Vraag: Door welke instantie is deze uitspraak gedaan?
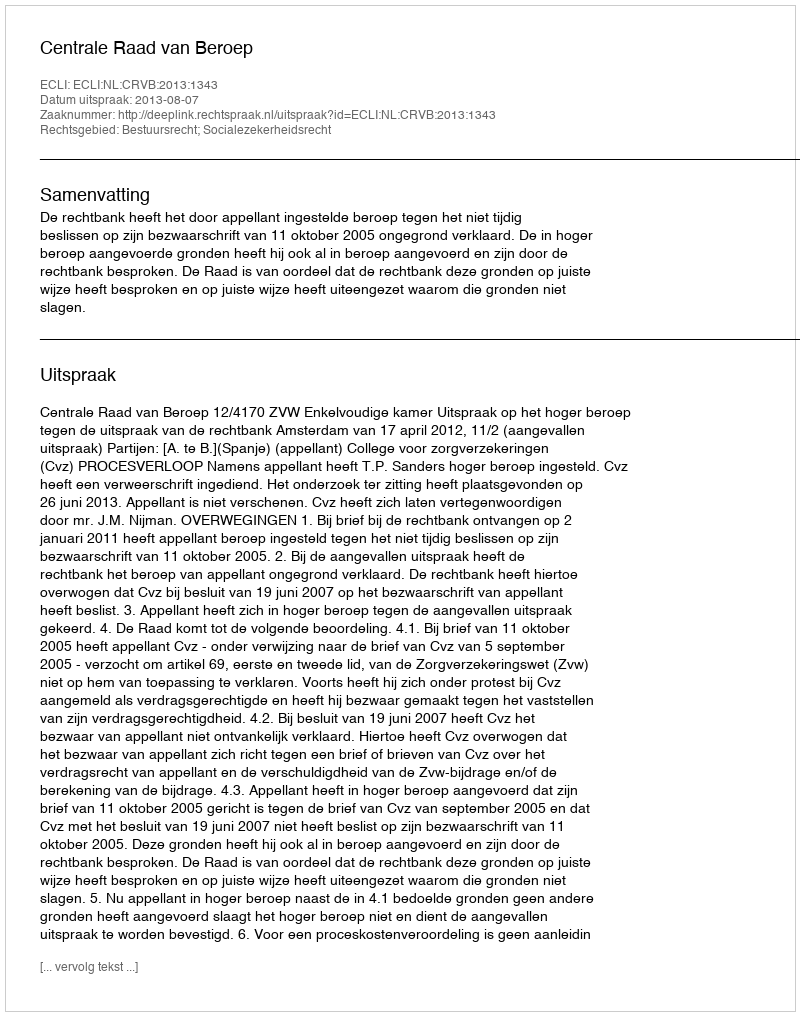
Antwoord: Centrale Raad van Beroep